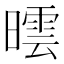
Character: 𣊯